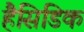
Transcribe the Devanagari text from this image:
हैसिडिक